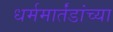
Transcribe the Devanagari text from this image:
धर्ममार्तंडांच्या